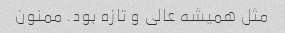
مثل همیشه عالی و تازه بود. ممنون